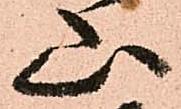
山